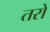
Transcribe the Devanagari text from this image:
तरों